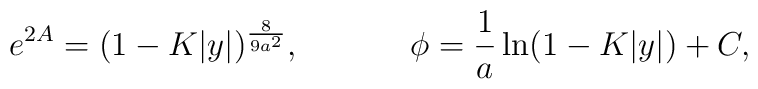
e^{2A}=(1-K|y|)^{8\over{9a^2}},\ \ \ \ \ \ \ \ \ \ \phi={1\over a}\ln(1-K|y|)+C,